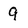
Character: 9